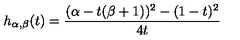
h _ { \alpha , \beta } ( t ) = \frac { ( \alpha - t ( \beta + 1 ) ) ^ { 2 } - ( 1 - t ) ^ { 2 } } { 4 t }